kultuurilooline_kollektsioon, lk 29
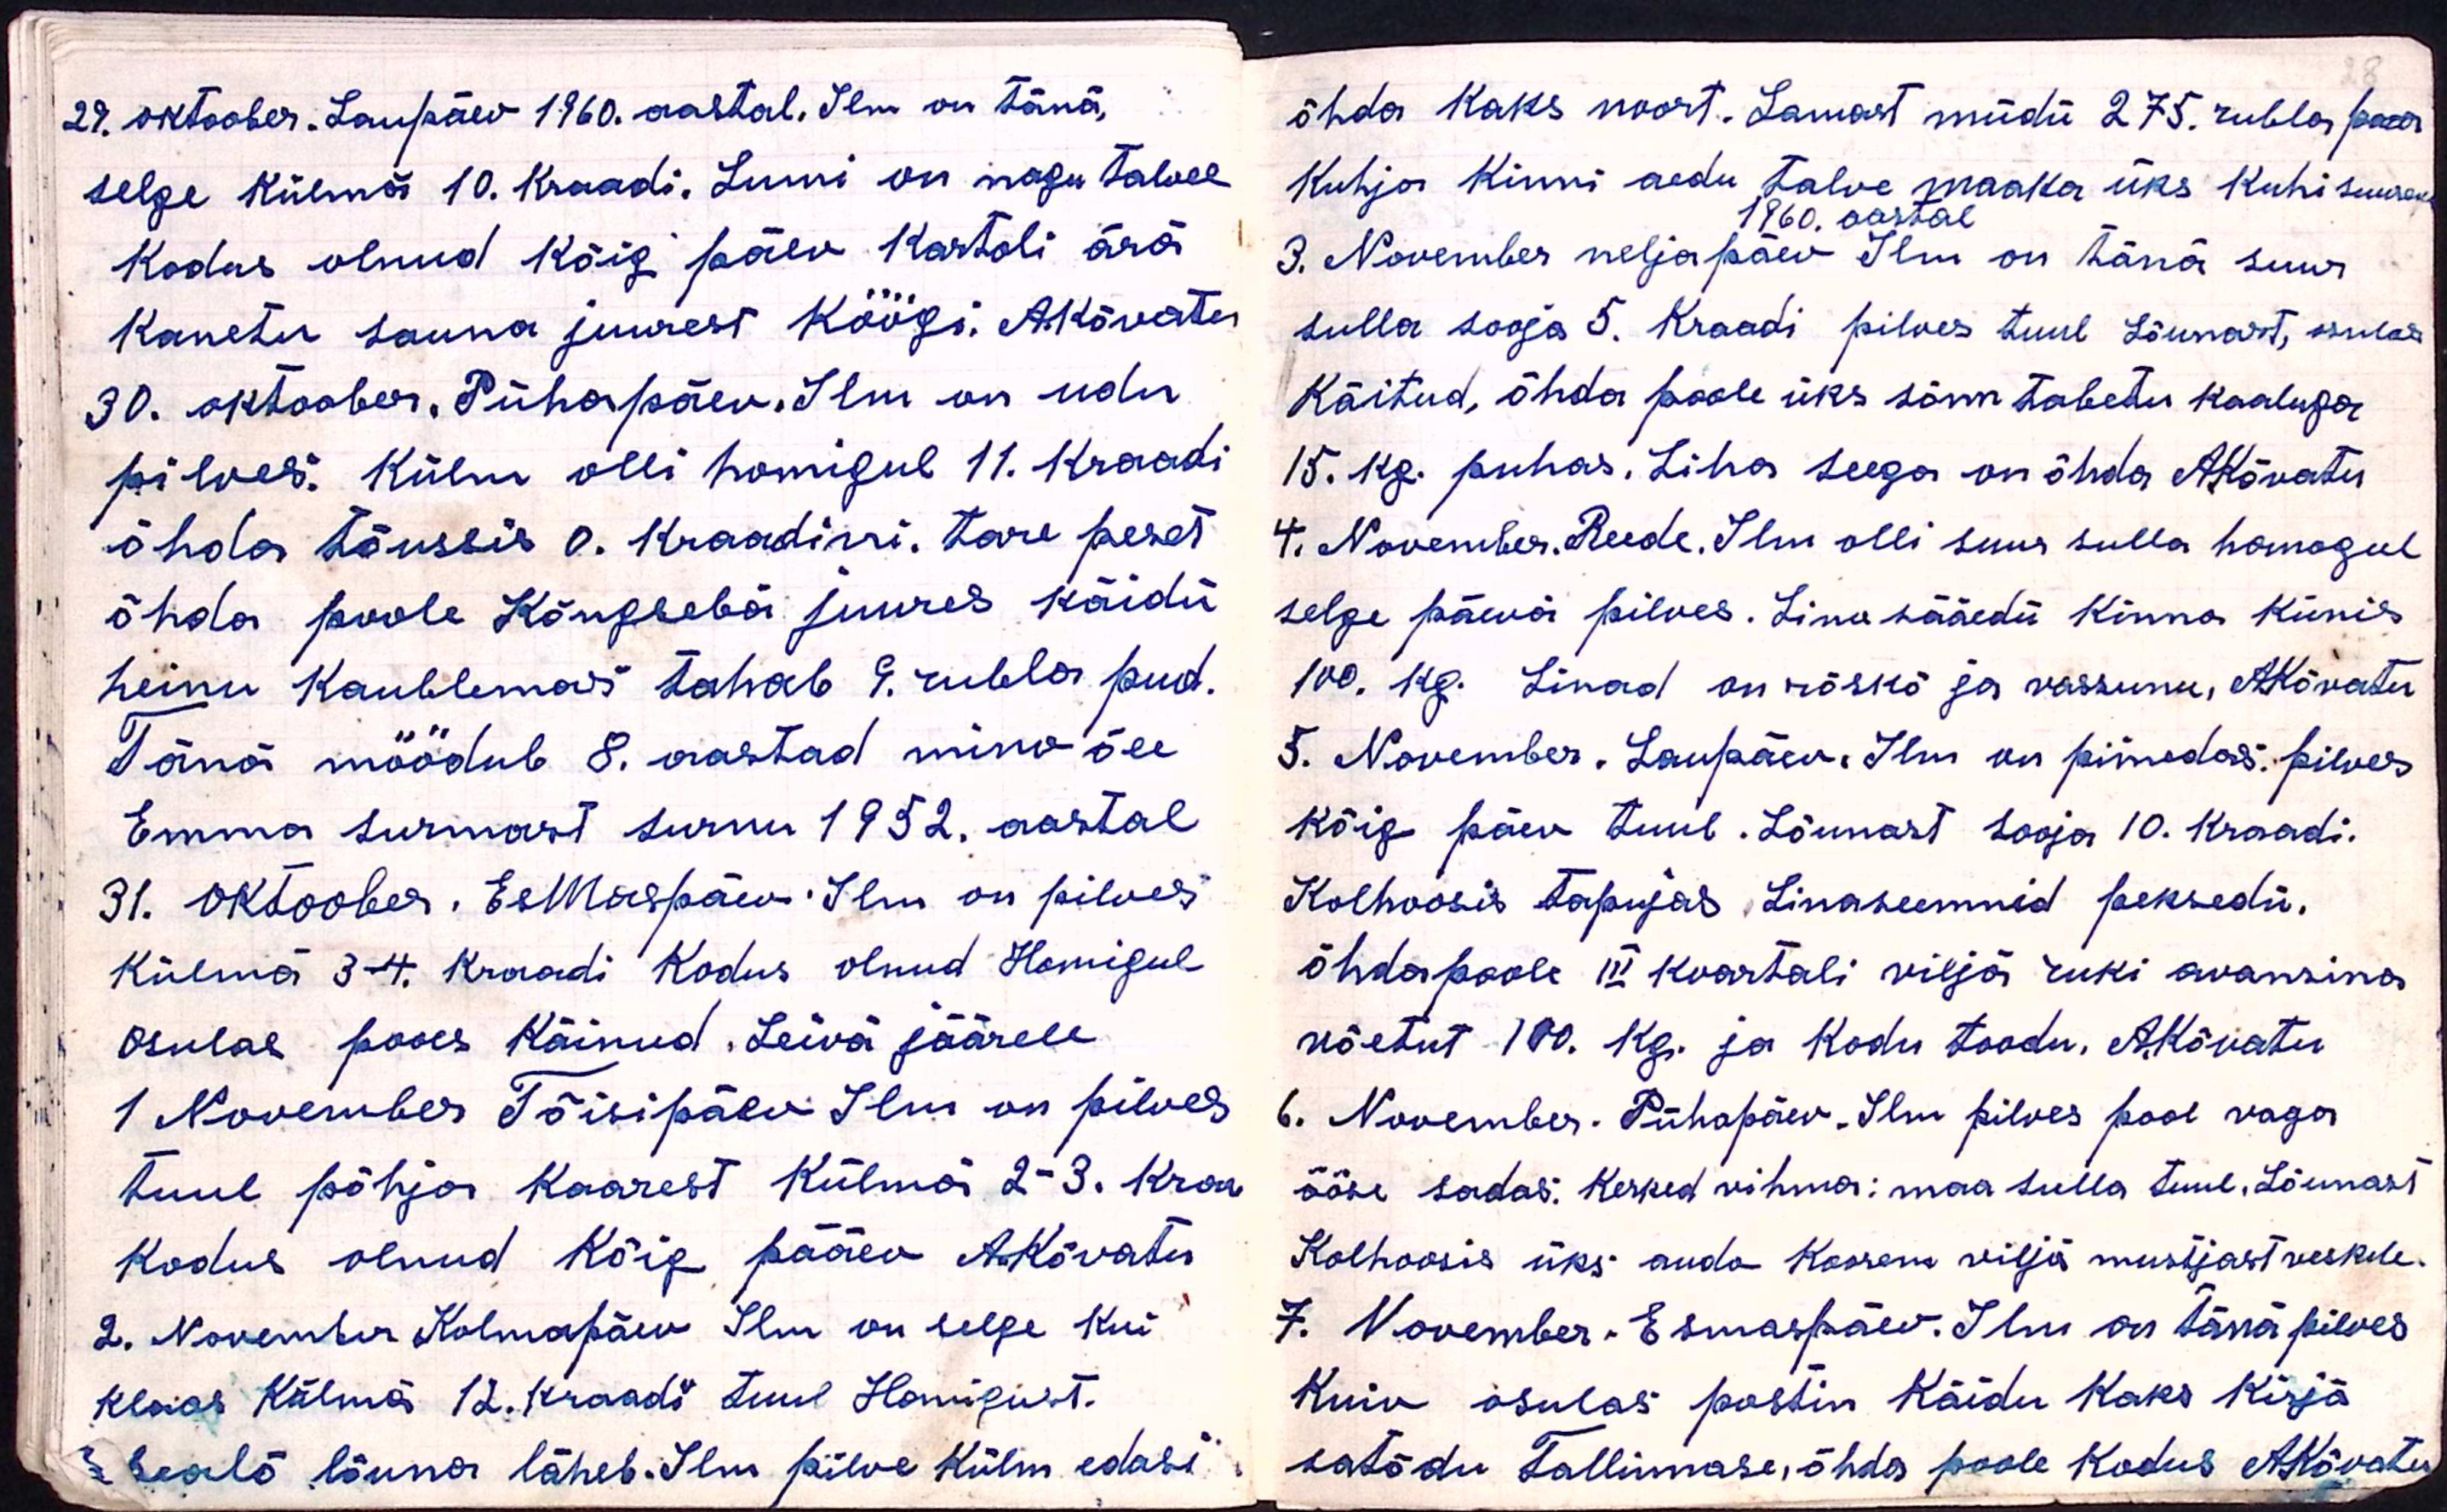
29. oktoober. Laupäev 1960. aastal. Ilm on tänä,
selge külmaä10. kraadi. Lumi on nagu talvel
kodus olnud kõig päev kartoli ärä
kanetu sauna juurest köögi. AKõvatu
30. oktoober. Pühapäev. Ilm on udu
pilves. Külm olli homigul 11. kraadi
õhda tõuseis 0. kraadini. tare peset
õhda poole Kängsebä juures käidü
heinu kaublemas tahab 9. rubla pud.
Tänä möödub 8. aastad mino õee
Emma surmast surnu 1952. aastal
31. Oktoober. EsMaspäev Ilm on pilves
külma 3-4. kraadi kodus olnud Homigul
Osulas pooes käinud. Leivä jäärele
1 November Tõisipäev Ilm on pilves
tuul põhja kaarest külma 2-3. kraa.
kodus olnud kõig pääev AKõvatu
2. November Kolmapäev Ilm on selge kui
klaas külmä 12. kraadi tuul Homigust.
pealõ lõuna läheb. Ilm pilve külm edasi

õhda kaks noort. Lamast müdü 275 rubla paar
Kuhja kinni aedu talve maaka üks kuhi suures
1960 aastal
3. November neljapäev Ilm on tänä suur
sulla sooja 5. Kraadi pilves tuul Lõunast, osulas
käitud, õhda poole üks sõnn tabetu kaaluga
15. kg. puhas. Liha teega on õhda AKõvatu
4. November. Reede. Ilm olli suur sulla homogul
selge päevä pilves. Lino sääedü kinno künis
100. kg. Linad on rõskõ ja vassunu, A.Kõvatu
5. November. Laupäev. Ilm on pimedas. pilves
kõig päev tuul. Lõunast sooja 10. kraadi.
Kolhoosis tapujas Linaseemnid peksedü.
õhdapoole III kvartali viljä ruki avansina
võetut 100. kg. ja kodu toodu. AKõvatu
6. November. Pühapäev. Ilm pilves pool vaga
ööse sadas. Kerked vihma: maa sulla tuul, Lõunast
Kolhoosis üks audo koorem viljä mustjast veskele
7. November. Esmaspäev. Ilm on tänä pilves
kuiv osulas postin käidu kaks kirja
satõdu Tallinnase, õhda poole kodus AKõvatu